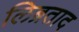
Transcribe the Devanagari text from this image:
लिब्रताद